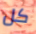
كل